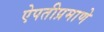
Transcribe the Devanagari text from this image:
ऐपतीप्रमाणे